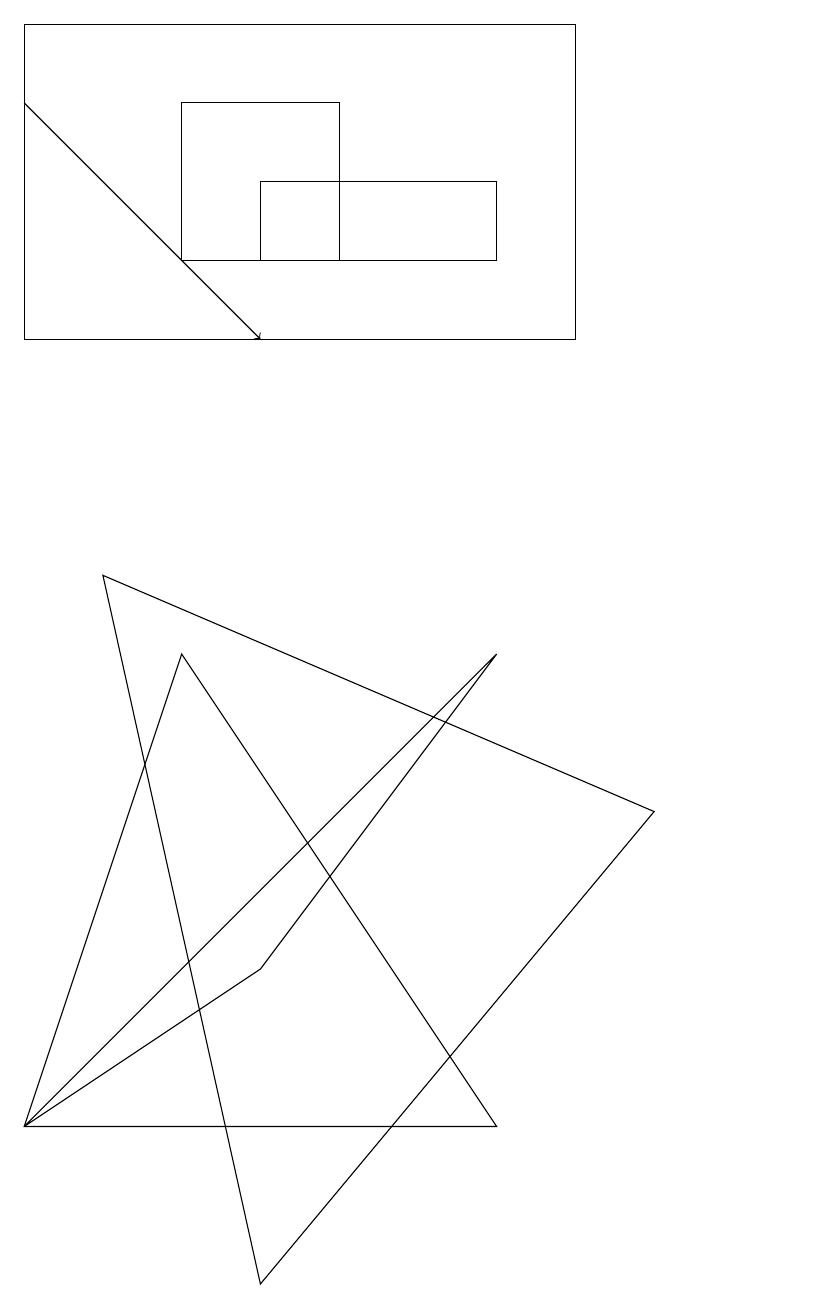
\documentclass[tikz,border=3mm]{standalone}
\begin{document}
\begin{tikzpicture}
\draw (10,11) circle (0);
\draw (3,4) -- (0,2) -- (6,8) -- cycle;
\draw (2,15) rectangle (4,13);
\draw (3,0) -- (1,9) -- (8,6) -- cycle;
\draw (0,16) rectangle (7,12);
\draw (3,14) rectangle (6,13);
\draw[->] (0,15) -- (3,12);
\draw (0,2) -- (2,8) -- (6,2) -- cycle;
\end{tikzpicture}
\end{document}